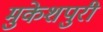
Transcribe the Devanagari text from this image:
मुकेशपुरी